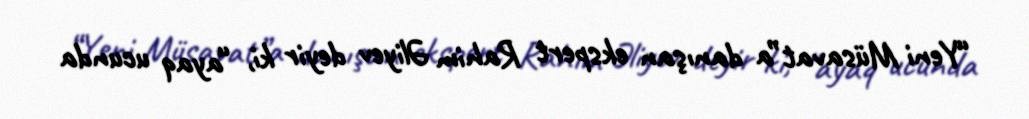
“Yeni Müsavat”a danışan ekspert Rahim Əliyev deyir ki, “ayaq ucunda